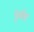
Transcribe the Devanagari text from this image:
पूर्वष